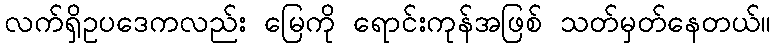
လက်ရှိဥပဒေကလည်း မြေကို ရောင်းကုန်အဖြစ် သတ်မှတ်နေတယ်။